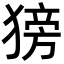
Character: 𬌿